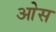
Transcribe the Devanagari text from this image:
आेस